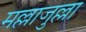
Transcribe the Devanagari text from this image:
मल्लाजुल्ला